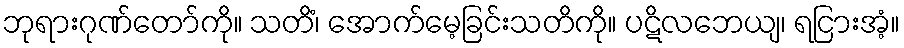
ဘုရားဂုဏ်တော်ကို။ သတိံ၊ အောက်မေ့ခြင်းသတိကို။ ပဋိလဘေယျ၊ ရငြားအံ့။